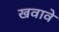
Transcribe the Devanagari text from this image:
खवावे